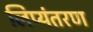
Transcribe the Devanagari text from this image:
लिप्‍यंतरण